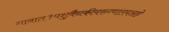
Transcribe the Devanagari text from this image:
गावात१पशुवैद्यकीयरुग्णालयआहे